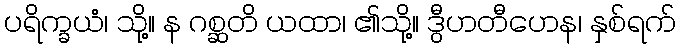
ပရိက္ခယံ၊ သို့။ န ဂစ္ဆတိ ယထာ၊ ၏သို့။ ဒွီဟတီဟေန၊ နှစ်ရက်